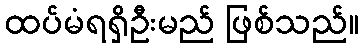
ထပ်မံရရှိဦးမည် ဖြစ်သည်။